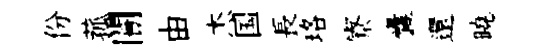
份菰闠由杰国長珞寮囊還曉